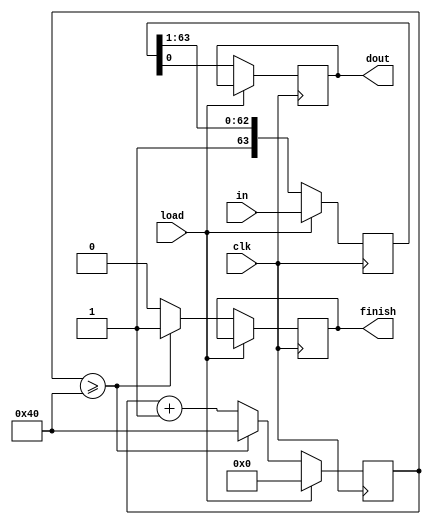
`timescale 1ns / 1ps
module SEGDRV(
    input load,
    input clk,
    input [63:0] in,
    output reg dout,
    output reg finish
    );
    reg [63:0] mid=0;
    reg [6:0] cnt=0;
    always@(posedge clk) begin
        if(load)begin
            mid<=in;
            cnt<=0;
        end
        else begin
            mid <={1'b1,mid[63:1]};
        dout<=mid[0];
        cnt<=cnt+1'b1;
        if(cnt>=7'b1000000) begin
            finish<=1'b1;
            cnt<=7'b1000000;
        end
        else begin
            finish<=1'b0;
        end
        end
    end
endmodule